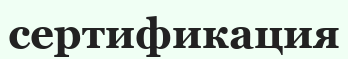
сертификация